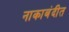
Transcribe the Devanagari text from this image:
नाकाबंदीत